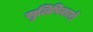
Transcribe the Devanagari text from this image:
सुलिपिकारों